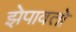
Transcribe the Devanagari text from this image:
झेपावतो